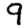
Digit: 9